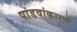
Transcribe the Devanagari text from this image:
पांडवांकारणें